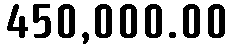
450,000.00